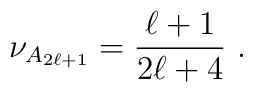
\nu _{A_{2\ell +1}}=\frac{\ell +1}{2\ell +4}~.